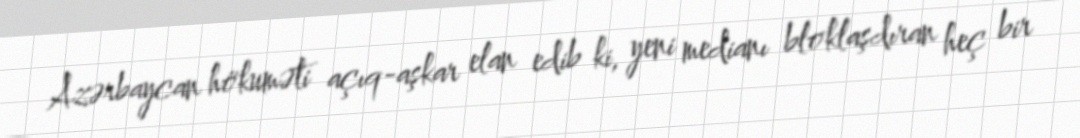
Azərbaycan hökuməti açıq-aşkar elan edib ki, yeni medianı bloklaşdıran heç bir